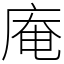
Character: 庵